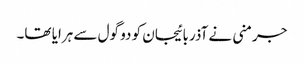
جرمنی نے آذربائیجان کو دو گول سے ہرایا تھا۔